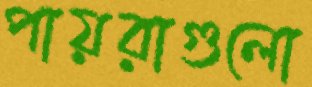
পায়রাগুলো